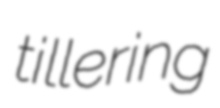
tillering